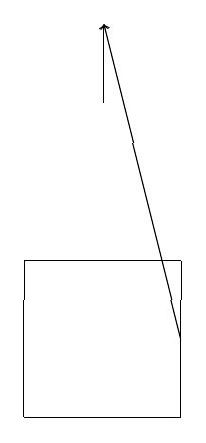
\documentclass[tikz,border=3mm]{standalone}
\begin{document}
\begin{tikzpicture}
\draw (6,16) rectangle (8,14);
\draw[->] (8,15) -- (7,19);
\draw[->] (7,18) -- (7,19);
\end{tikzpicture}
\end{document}